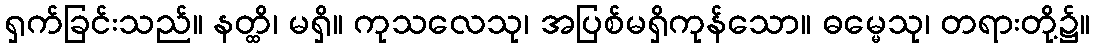
ရှက်ခြင်းသည်။ နတ္ထိ၊ မရှိ။ ကုသလေသု၊ အပြစ်မရှိကုန်သော။ ဓမ္မေသု၊ တရားတို့၌။